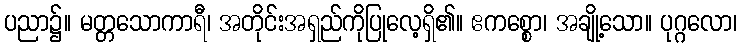
ပညာ၌။ မတ္တသောကာရီ၊ အတိုင်းအရှည်ကိုပြုလေ့ရှိ၏။ ဧကစ္စော၊ အချို့သော။ ပုဂ္ဂလော၊